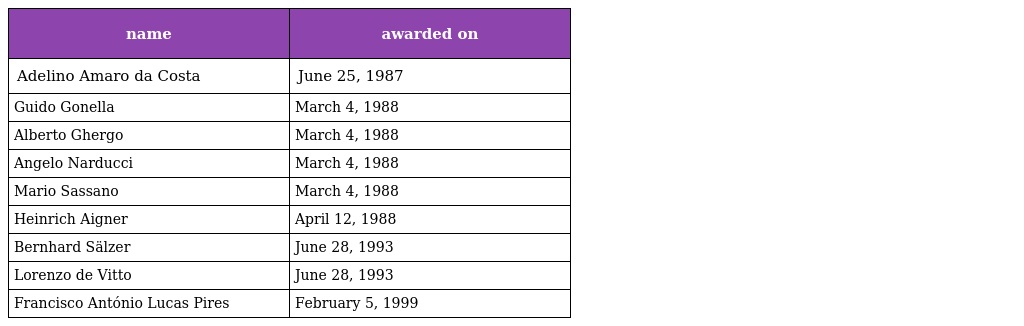
| name | awarded on |
 | --- | --- |
 | Adelino Amaro da Costa | June 25, 1987 |
 | Guido Gonella | March 4, 1988 |
 | Alberto Ghergo | March 4, 1988 |
 | Angelo Narducci | March 4, 1988 |
 | Mario Sassano | March 4, 1988 |
 | Heinrich Aigner | April 12, 1988 |
 | Bernhard Sälzer | June 28, 1993 |
 | Lorenzo de Vitto | June 28, 1993 |
 | Francisco António Lucas Pires | February 5, 1999 |